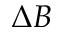
\Delta B